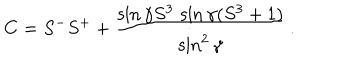
C = S ^ { - } S ^ { + } + \frac { \sin \gamma S ^ { 3 } \, \sin \gamma ( S ^ { 3 } + 1 ) } { \sin ^ { 2 } \gamma } \, .